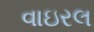
વાઇરલ